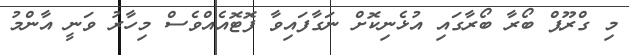
މި ގްރޫޕް ބޯރާ ބޯރާގައި އުޅެނިކޮށް ނަގާފައިވާ ފޮޓޮއެއްވެސް މިހާރު ވަނީ އާންމު